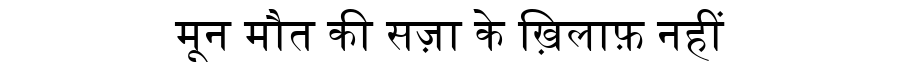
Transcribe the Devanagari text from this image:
मून मौत की सज़ा के ख़िलाफ़ नहीं